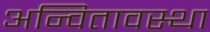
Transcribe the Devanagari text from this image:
अन्वितावस्था